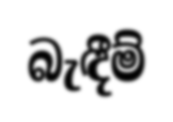
බැඳීම්